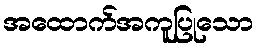
အထောက်အကူပြုသော